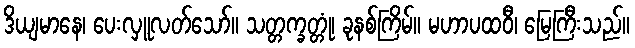
ဒိယျမာနေ၊ ပေးလှူလတ်သော်။ သတ္တက္ခတ္တုံ၊ ခုနစ်ကြိမ်။ မဟာပထဝီ၊ မြေကြီးသည်။